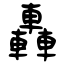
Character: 轟